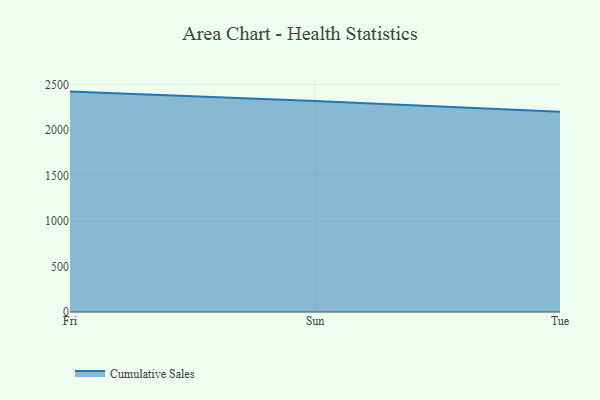
{"axis": {"x": "Day", "y": "Latency (ms)"}, "legend": ["Cumulative Sales"], "data": [{"x": "Fri", "y": 2423.6, "type": "Cumulative Sales"}, {"x": "Sun", "y": 2319.4, "type": "Cumulative Sales"}, {"x": "Tue", "y": 2201.6, "type": "Cumulative Sales"}]}